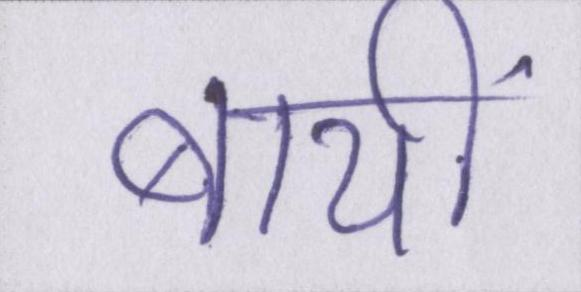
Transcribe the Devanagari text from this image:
बायीं